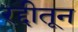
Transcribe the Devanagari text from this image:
रद्दीतून